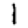
Digit: 1